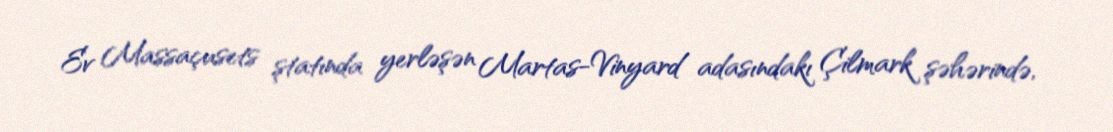
Ev Massaçusets ştatında yerləşən Martas-Vinyard adasındakı Çilmark şəhərində,